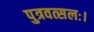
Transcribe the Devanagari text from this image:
पुत्रवत्सलः।